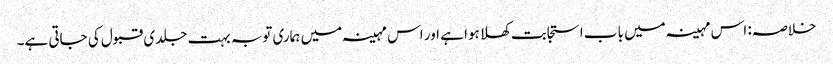
خلاصہ: اس مہینہ میں باب استجابت کھلا ہوا ہے اور اس مہینہ میں ہماری توبہ بہت جلدی قبول کی جاتی ہے۔